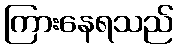
ကြားနေရသည်